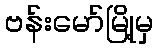
ဗန်းမော်မြို့မှ